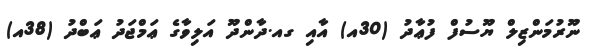
ނޫރުމަންޒިލް ޔޫސުފް ފުޢާދު (30އ) އާއި ގއ.ދާންދޫ އަލިވާގެ ޢަމްޖަދު ޢަބްދު (38އ)